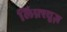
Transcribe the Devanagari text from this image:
लिफ़्स्चुज़